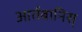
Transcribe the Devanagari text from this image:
आर्तबानिस्